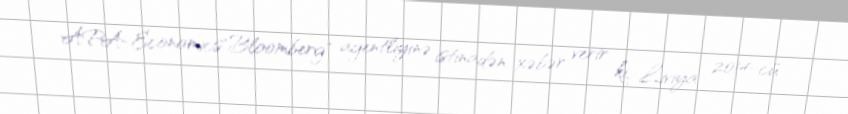
APA-Economics"Bloomberg" agentliyinə istinadən xəbər verir ki, Liviya 2014-cü